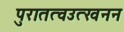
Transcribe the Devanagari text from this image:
पुरातत्वउत्खनन